Vaccination North-Western Provinces 1866-1877 - 1866-1877
Year: 1866
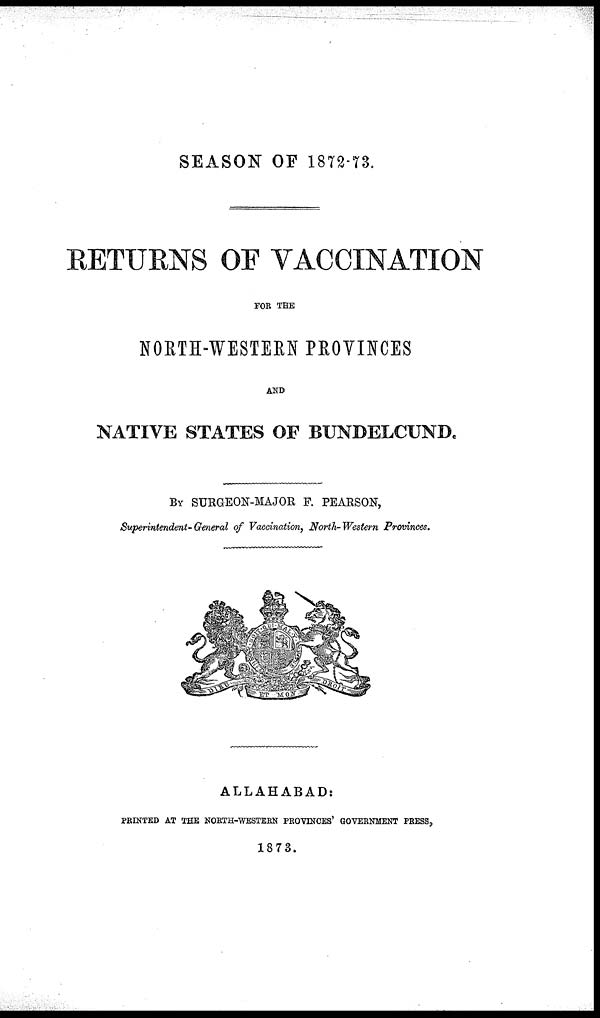
SEASON OF 1872-73.
RETURNS OF VACCINATION
FOR THE
NORTH-WESTERN PROVINCES
AND
NATIVE STATES OF BUNDELCUND.
BY SURGEON-MAJOR F. PEARSON,
Superintendent-General of Vaccination, North-Western Provinces.
ALLAHABAD:
PRINTED AT THE NORTH-WESTERN PROVINCES' GOVERNMENT PRESS,
1873.